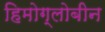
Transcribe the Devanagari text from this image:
हिमोग्लोबीन